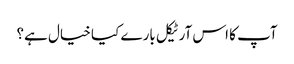
آپ کا اس آرٹیکل بارے کیا خیال ہے؟